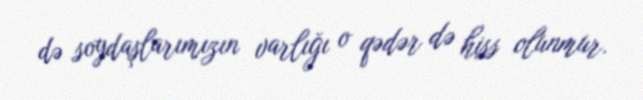
də soydaşlarımızın varlığı o qədər də hiss olunmur.